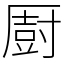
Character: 㕑